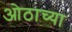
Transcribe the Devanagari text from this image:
ओठाच्या